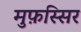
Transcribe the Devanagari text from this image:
मुफ़स्सिर